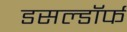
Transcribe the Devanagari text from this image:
डसल्डॉर्फ